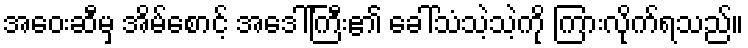
အဝေးဆီမှ အိမ်စောင့် အဒေါ်ကြီး၏ ခေါ်သံသဲ့သဲ့ကို ကြားလိုက်ရသည်။